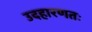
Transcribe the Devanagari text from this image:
उदहारणतः